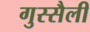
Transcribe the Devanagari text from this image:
गुस्सैली